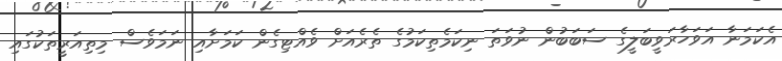
އެކަމަނާ އަވަހާރަވީބަލީގެ ސަބަބުން ނުވަތަ ނިކަމެތިކަމުގެ ތެރެއަށް ވެއްޓިގެން ކަމަށާއި ނަމަވެސް މިތިއަރީތަކުގައި